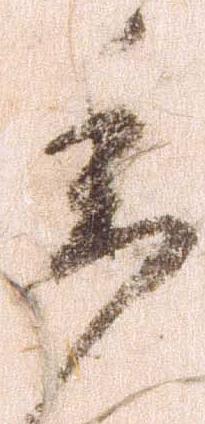
委